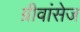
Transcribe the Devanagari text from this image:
ग्रीवांसेज